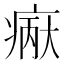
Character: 𪽲